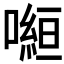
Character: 𭊿